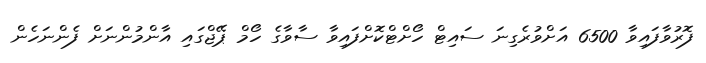
ފޮރުވާފައިވާ 6500 އަށްވުރެގިނަ ސައިޓް ހޯށްޓްކޮށްފައިވާ ސާވާގެ ހޯމް ޕޭޖްގައި އާންމުންނަށް ފެންނަހެން